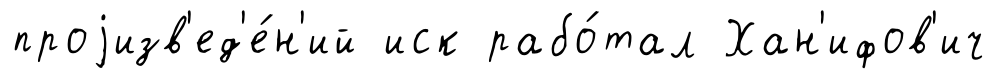
проjизв'ед'е́н'ий иск рабо́тал Хан'ифов'ич